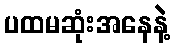
ပထမဆုံးအနေနဲ့